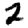
Digit: 2